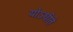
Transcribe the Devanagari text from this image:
योऽधीते